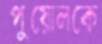
পুয়োলকে